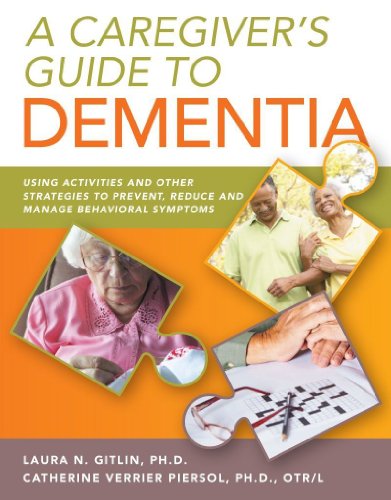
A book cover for A Caregiver's Guide to Dementia: Using Activities and Other Strategies to Prevent, Reduce and Manage Behavioral Symptoms; Laura N. Gitlin and Catherine Verrier Piersol; Health, Fitness & Dieting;